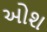
ઓશ